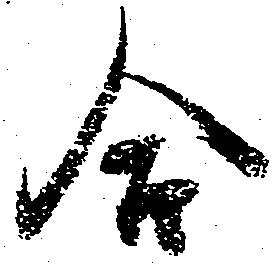
合